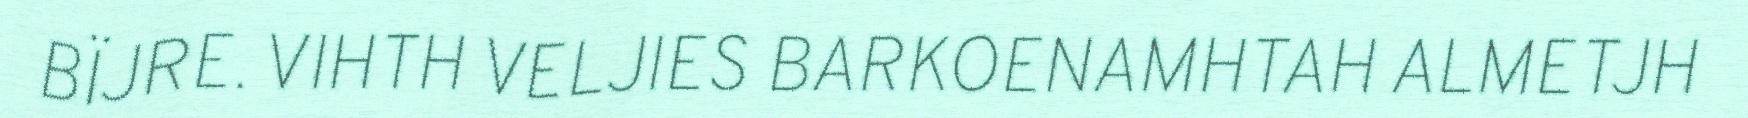
BÏJRE. VIHTH VELJIES BARKOENAMHTAH ALMETJH